65_HS1-101634279_100-DE-26505
Agency: FBI
Incident date: 11/7/57
Incident location: Germany
Page 8
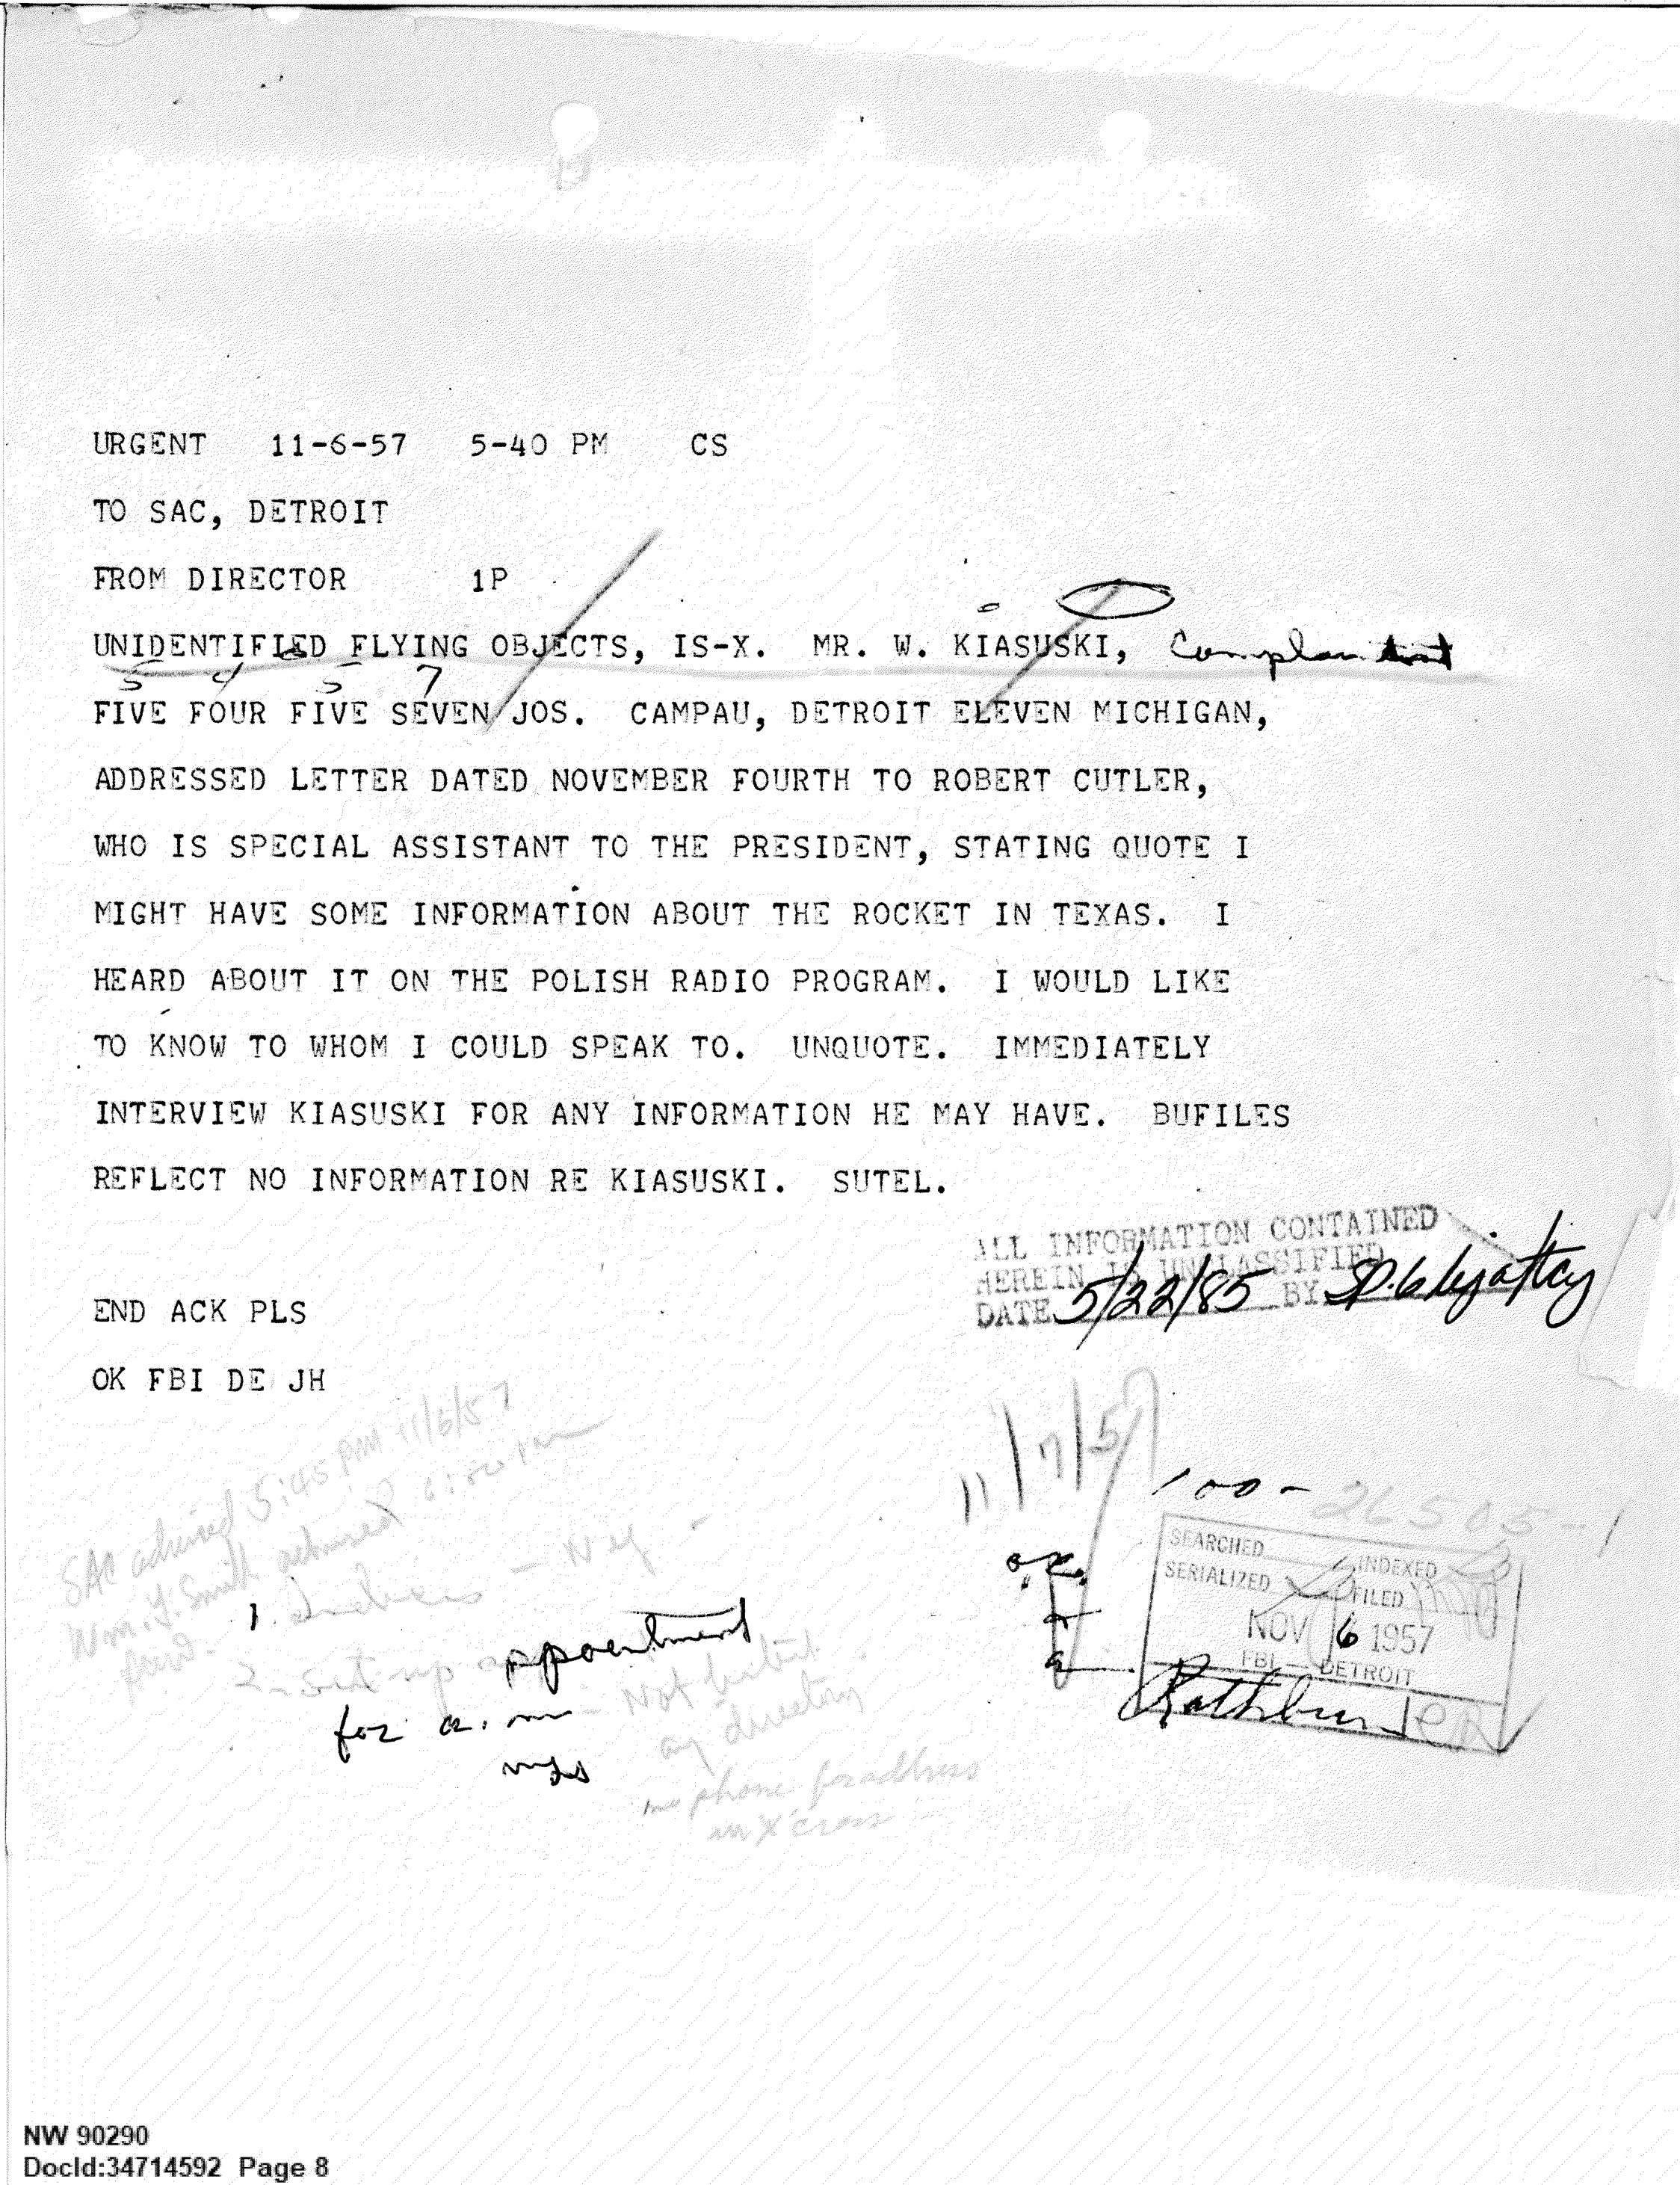